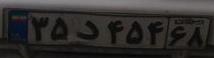
۳۵د۴۵۴۶۸